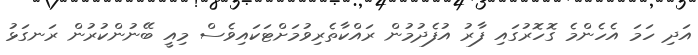
އަދި ހަމަ އެހެންމެ ގޮހޮރުގައި ފާރު އުފެދުމުން ރައްކާތެރިވުމަށްޓަކައިވެސް މިއީ ބޭނުންކުރުން ރަނގަޅު